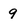
Character: 9